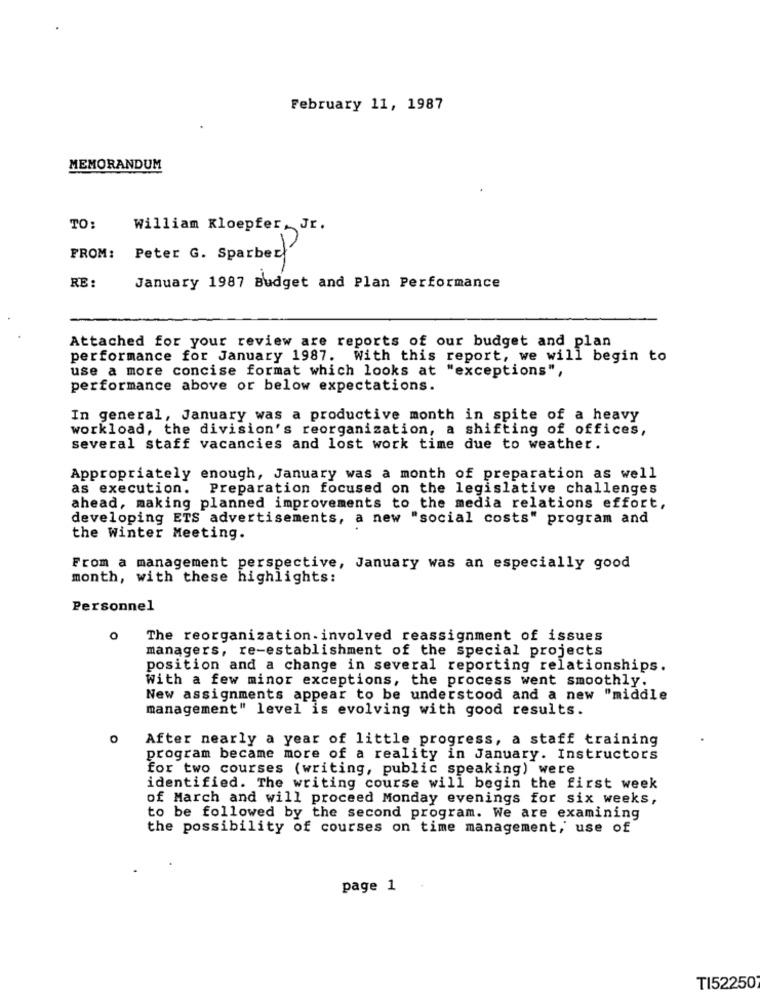
February 11, 1987
MEMORANDUM
TO:
William Kloepfer, Jr.
FROM:
Peter G. Sparber
RE:
January 1987 Budget and Plan Performance
Attached for your review are reports of our budget and plan
performance for January 1987. With this report, we will begin to
use a more concise format which looks at "exceptions",
performance above or below expectations.
In general, January was a productive month in spite of a heavy
workload, the division's reorganization, a shifting of offices,
several staff vacancies and lost work time due to weather.
Appropriately enough, January was a month of preparation as well
as execution.
Preparation focused on the legislative challenges
ahead, making planned improvements to the media relations effort,
developing ETS advertisements, a new "social costs" program and
the Winter Meeting.
From a management perspective, January was an especially good
month, with these highlights:
Personnel
The reorganization. involved reassignment of issues
managers, re-establishment of the special projects
position and a change in several reporting relationships.
With a few minor exceptions, the process went smoothly.
New assignments appear to be understood and a new "middle
management" level is evolving with good results.
After nearly a year of little progress, a staff training
program became more of a reality in January. Instructors
for two courses (writing, public speaking) were
identified. The writing course will begin the first week
of March and will proceed Monday evenings for six weeks,
to be followed by the second program. We are examining
the possibility of courses on time management, use of
page 1
TI52250